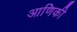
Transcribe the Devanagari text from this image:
आणिकी